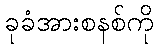
ခုခံအားစနစ်ကို